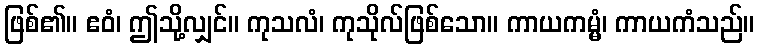
ဖြစ်၏။ ဧဝံ၊ ဤသို့လျှင်။ ကုသလံ၊ ကုသိုလ်ဖြစ်သော။ ကာယကမ္မံ၊ ကာယကံသည်။